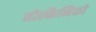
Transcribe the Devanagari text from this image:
वोल्कैनिको